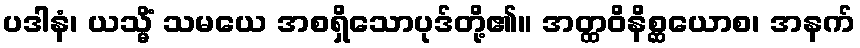
ပဒါနံ၊ ယသ္မိံ သမယေ အစရှိသောပုဒ်တို့၏။ အတ္ထဝိနိစ္ဆယောစ၊ အနက်